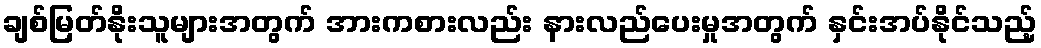
ချစ်မြတ်နိုးသူများအတွက် အားကစားလည်း နားလည်ပေးမှုအတွက် နှင်းအပ်နိုင်သည့်